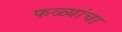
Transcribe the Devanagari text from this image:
फळ्यांचा